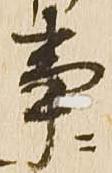
事